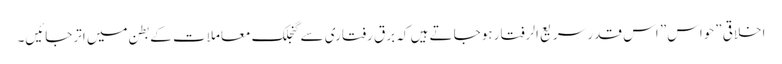
اخلاقی ”حواس” اس قدر سریع الرفتار ہوجاتے ہیں کہ برق رفتاری سے گنجلک معاملات کے بطن میں اترجائیں۔